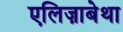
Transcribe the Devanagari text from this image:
एलिज़ाबेथा